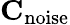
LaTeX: \mathbf{C}_{\mathrm{noise}}